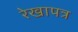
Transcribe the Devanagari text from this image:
रेखापत्र